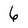
Character: 6